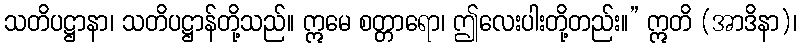
သတိပဋ္ဌာနာ၊ သတိပဋ္ဌာန်တို့သည်။ ဣမေ စတ္တာရော၊ ဤလေးပါးတို့တည်း။” ဣတိ (အာဒိနာ)၊